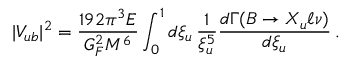
| V _ { u b } | ^ { 2 } = \frac { 1 9 2 \pi ^ { 3 } E } { G _ { F } ^ { 2 } M ^ { 6 } } \int _ { 0 } ^ { 1 } d \xi _ { u } \, \frac { 1 } { \xi _ { u } ^ { 5 } } \frac { d \Gamma ( B \to X _ { u } \ell \nu ) } { d \xi _ { u } } \, .